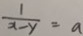
\frac { 1 } { x - y } = a